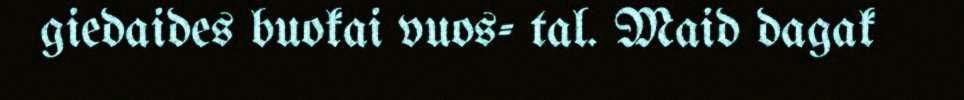
giedaides buokai vuos- tal. Maid dagak